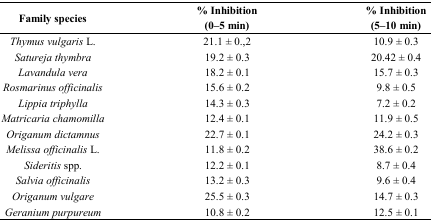
<table><thead><tr><td><b>Family species</b></td><td><b>% Inhibition (0–5 min)</b></td><td><b>% Inhibition (5–10 min)</b></td></tr></thead><tbody><tr><td><i>Thymus vulgaris</i> L.</td><td>21.1 ± 0.,2</td><td>10.9 ± 0.3</td></tr><tr><td><i>Satureja thymbra</i></td><td>19.2 ± 0.3</td><td>20.42 ± 0.4</td></tr><tr><td><i>Lavandula vera</i></td><td>18.2 ± 0.1</td><td>15.7 ± 0.3</td></tr><tr><td><i>Rosmarinus officinalis</i></td><td>15.6 ± 0.2</td><td>9.8 ± 0.5</td></tr><tr><td><i>Lippia triphylla</i></td><td>14.3 ± 0.3</td><td>7.2 ± 0.2</td></tr><tr><td><i>Matricaria chamomilla</i></td><td>12.4 ± 0.1</td><td>11.9 ± 0.5</td></tr><tr><td><i>Origanum dictamnus</i></td><td>22.7 ± 0.1</td><td>24.2 ± 0.3</td></tr><tr><td><i>Melissa officinalis </i>L.</td><td>11.8 ± 0.2</td><td>38.6 ± 0.2</td></tr><tr><td><i>Sideritis </i>spp.</td><td>12.2 ± 0.1</td><td>8.7 ± 0.4</td></tr><tr><td><i>Salvia officinalis</i></td><td>13.2 ± 0.3</td><td>9.6 ± 0.4</td></tr><tr><td><i>Origanum vulgare</i></td><td>25.5 ± 0.3</td><td>14.7 ± 0.3</td></tr><tr><td><i>Geranium purpureum</i></td><td>10.8 ± 0.2</td><td>12.5 ± 0.1</td></tr></tbody></table>